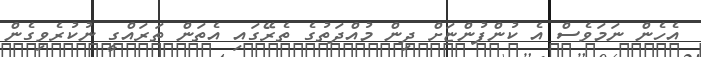
އެހެން ނަމަވެސް އެ ކުންފުންޏަށް ދިން މުއްދަތުގެ ތެރޭގައި އެތަން ތަރައްގީ ނުކުރެވިގެން